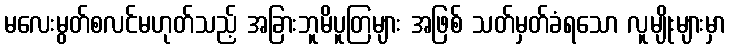
မလေးမွတ်စလင်မဟုတ်သည့် အခြားဘူမိပူတြများ အဖြစ် သတ်မှတ်ခံရသော လူမျိုးများမှာ